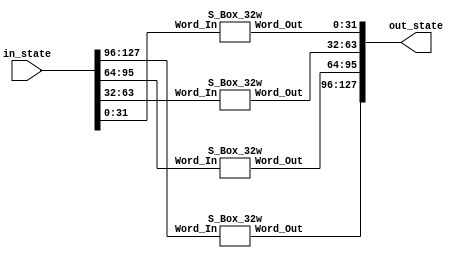
`timescale 1ns / 1ps
//////////////////////////////////////////////////////////////////////////////////
// Company: UMass Amherst
// 
// Design Name: 
// Module Name: S-box
// Project Name: AES CBC Core
// Target Devices: XC7Z010
// Tool Versions: Vivado 2022.1
// Description: 
// 
// Dependencies: 
// 
// Revision:
// Revision 0.01 - File Created
// Revision 0.02 - Started modifying for mathematical hardware based SBox
// Revision 0.04 - Created Diverging files for Comp. Field SBox and Predefined SBox
// Revision 0.9  - Synthesized SBox, awaiting for simulation to verify correctness.
// Additional Comments:
// 
//////////////////////////////////////////////////////////////////////////////////


module Full_Array_Sbox(
    input [127:0] in_state,
    output reg [127:0] out_state
    );
    
    
    wire [127:0] state;
    
    S_Box_32w SubBytes0(
        .Word_In(in_state[127:96]),
        .Word_Out(state[127:96])
    );
    
    S_Box_32w SubBytes1(
        .Word_In(in_state[95:64]),
        .Word_Out(state[95:64])
    );
    
    S_Box_32w SubBytes2(
        .Word_In(in_state[63:32]),
        .Word_Out(state[63:32])
    );
    
    S_Box_32w SubBytes3(
        .Word_In(in_state[31:0]),
        .Word_Out(state[31:0])
    );
    
    
    always @(*) begin
        out_state = state;
    end
    
    
endmodule

// 32 Bit width SBox (4 Sbox in parallel)
module S_Box_32w(
    input [31:0] Word_In,
    output reg [31:0] Word_Out
    );



    wire [31:0] Word;
    // MSB
    S_Box S_Box3(
        .Byte_In (Word_In[31:24]),
        .Byte_Out(Word[31:24])
    );

    // MSB - 1
    S_Box S_Box2(
        .Byte_In(Word_In[23:16]),
        .Byte_Out(Word[23:16])
    );

    // LSB + 1
    S_Box S_Box1(
        .Byte_In(Word_In[15:8]),
        .Byte_Out(Word[15:8])
    );

    // LSB
    S_Box S_Box0(
        .Byte_In(Word_In[7:0]),
        .Byte_Out(Word[7:0])
    );
    
    always @(*) begin
        Word_Out = Word;
    end

endmodule






module Compact_Array_SBox(
    input [127:0] in_state,
    output reg [127:0] out_state
    );
    
    
    reg [127:0] state;
    
    
    
    integer i; // for loop var
    reg [31:0] Sub_Input;
    wire [31:0] Sub_Output;
    // Intialization of modules
    S_Box_32w SubBytes(
        .Word_In(Sub_Input),
        .Word_Out(Sub_Output)
    );
    
    always @(*) begin
        state = in_state;
        //for(i = 0; i < 4; i = i + 1) begin // need to shift state by 4 times to keep only 1 SBox in use
            Sub_Input = state[31:0];
            state[31:0] = Sub_Output;
            //state = (state << 32) | (state >> 96); // Circular shift left by 32 bits       
        //end
        out_state = state;
    end
    
    
endmodule


// 8 Bit width S_Box using Predfined Look up table combinational
// On XC7Z010 PL w/o BRAM, should be 40 LUT, no FF
// with BRAM, uses 0.5 of a BRAM
// Table courtesy of tinyAES core
module S_Box(
    input [7:0] Byte_In,
    output reg [7:0] Byte_Out
    );
    
    // Combinational, w/o intermediate output register (flip flops)

    always @(Byte_In) begin
        case (Byte_In)
            8'h00: Byte_Out <= 8'h63;
            8'h01: Byte_Out <= 8'h7c;
            8'h02: Byte_Out <= 8'h77;
            8'h03: Byte_Out <= 8'h7b;
            8'h04: Byte_Out <= 8'hf2;
            8'h05: Byte_Out <= 8'h6b;
            8'h06: Byte_Out <= 8'h6f;
            8'h07: Byte_Out <= 8'hc5;
            8'h08: Byte_Out <= 8'h30;
            8'h09: Byte_Out <= 8'h01;
            8'h0a: Byte_Out <= 8'h67;
            8'h0b: Byte_Out <= 8'h2b;
            8'h0c: Byte_Out <= 8'hfe;
            8'h0d: Byte_Out <= 8'hd7;
            8'h0e: Byte_Out <= 8'hab;
            8'h0f: Byte_Out <= 8'h76;
            8'h10: Byte_Out <= 8'hca;
            8'h11: Byte_Out <= 8'h82;
            8'h12: Byte_Out <= 8'hc9;
            8'h13: Byte_Out <= 8'h7d;
            8'h14: Byte_Out <= 8'hfa;
            8'h15: Byte_Out <= 8'h59;
            8'h16: Byte_Out <= 8'h47;
            8'h17: Byte_Out <= 8'hf0;
            8'h18: Byte_Out <= 8'had;
            8'h19: Byte_Out <= 8'hd4;
            8'h1a: Byte_Out <= 8'ha2;
            8'h1b: Byte_Out <= 8'haf;
            8'h1c: Byte_Out <= 8'h9c;
            8'h1d: Byte_Out <= 8'ha4;
            8'h1e: Byte_Out <= 8'h72;
            8'h1f: Byte_Out <= 8'hc0;
            8'h20: Byte_Out <= 8'hb7;
            8'h21: Byte_Out <= 8'hfd;
            8'h22: Byte_Out <= 8'h93;
            8'h23: Byte_Out <= 8'h26;
            8'h24: Byte_Out <= 8'h36;
            8'h25: Byte_Out <= 8'h3f;
            8'h26: Byte_Out <= 8'hf7;
            8'h27: Byte_Out <= 8'hcc;
            8'h28: Byte_Out <= 8'h34;
            8'h29: Byte_Out <= 8'ha5;
            8'h2a: Byte_Out <= 8'he5;
            8'h2b: Byte_Out <= 8'hf1;
            8'h2c: Byte_Out <= 8'h71;
            8'h2d: Byte_Out <= 8'hd8;
            8'h2e: Byte_Out <= 8'h31;
            8'h2f: Byte_Out <= 8'h15;
            8'h30: Byte_Out <= 8'h04;
            8'h31: Byte_Out <= 8'hc7;
            8'h32: Byte_Out <= 8'h23;
            8'h33: Byte_Out <= 8'hc3;
            8'h34: Byte_Out <= 8'h18;
            8'h35: Byte_Out <= 8'h96;
            8'h36: Byte_Out <= 8'h05;
            8'h37: Byte_Out <= 8'h9a;
            8'h38: Byte_Out <= 8'h07;
            8'h39: Byte_Out <= 8'h12;
            8'h3a: Byte_Out <= 8'h80;
            8'h3b: Byte_Out <= 8'he2;
            8'h3c: Byte_Out <= 8'heb;
            8'h3d: Byte_Out <= 8'h27;
            8'h3e: Byte_Out <= 8'hb2;
            8'h3f: Byte_Out <= 8'h75;
            8'h40: Byte_Out <= 8'h09;
            8'h41: Byte_Out <= 8'h83;
            8'h42: Byte_Out <= 8'h2c;
            8'h43: Byte_Out <= 8'h1a;
            8'h44: Byte_Out <= 8'h1b;
            8'h45: Byte_Out <= 8'h6e;
            8'h46: Byte_Out <= 8'h5a;
            8'h47: Byte_Out <= 8'ha0;
            8'h48: Byte_Out <= 8'h52;
            8'h49: Byte_Out <= 8'h3b;
            8'h4a: Byte_Out <= 8'hd6;
            8'h4b: Byte_Out <= 8'hb3;
            8'h4c: Byte_Out <= 8'h29;
            8'h4d: Byte_Out <= 8'he3;
            8'h4e: Byte_Out <= 8'h2f;
            8'h4f: Byte_Out <= 8'h84;
            8'h50: Byte_Out <= 8'h53;
            8'h51: Byte_Out <= 8'hd1;
            8'h52: Byte_Out <= 8'h00;
            8'h53: Byte_Out <= 8'hed;
            8'h54: Byte_Out <= 8'h20;
            8'h55: Byte_Out <= 8'hfc;
            8'h56: Byte_Out <= 8'hb1;
            8'h57: Byte_Out <= 8'h5b;
            8'h58: Byte_Out <= 8'h6a;
            8'h59: Byte_Out <= 8'hcb;
            8'h5a: Byte_Out <= 8'hbe;
            8'h5b: Byte_Out <= 8'h39;
            8'h5c: Byte_Out <= 8'h4a;
            8'h5d: Byte_Out <= 8'h4c;
            8'h5e: Byte_Out <= 8'h58;
            8'h5f: Byte_Out <= 8'hcf;
            8'h60: Byte_Out <= 8'hd0;
            8'h61: Byte_Out <= 8'hef;
            8'h62: Byte_Out <= 8'haa;
            8'h63: Byte_Out <= 8'hfb;
            8'h64: Byte_Out <= 8'h43;
            8'h65: Byte_Out <= 8'h4d;
            8'h66: Byte_Out <= 8'h33;
            8'h67: Byte_Out <= 8'h85;
            8'h68: Byte_Out <= 8'h45;
            8'h69: Byte_Out <= 8'hf9;
            8'h6a: Byte_Out <= 8'h02;
            8'h6b: Byte_Out <= 8'h7f;
            8'h6c: Byte_Out <= 8'h50;
            8'h6d: Byte_Out <= 8'h3c;
            8'h6e: Byte_Out <= 8'h9f;
            8'h6f: Byte_Out <= 8'ha8;
            8'h70: Byte_Out <= 8'h51;
            8'h71: Byte_Out <= 8'ha3;
            8'h72: Byte_Out <= 8'h40;
            8'h73: Byte_Out <= 8'h8f;
            8'h74: Byte_Out <= 8'h92;
            8'h75: Byte_Out <= 8'h9d;
            8'h76: Byte_Out <= 8'h38;
            8'h77: Byte_Out <= 8'hf5;
            8'h78: Byte_Out <= 8'hbc;
            8'h79: Byte_Out <= 8'hb6;
            8'h7a: Byte_Out <= 8'hda;
            8'h7b: Byte_Out <= 8'h21;
            8'h7c: Byte_Out <= 8'h10;
            8'h7d: Byte_Out <= 8'hff;
            8'h7e: Byte_Out <= 8'hf3;
            8'h7f: Byte_Out <= 8'hd2;
            8'h80: Byte_Out <= 8'hcd;
            8'h81: Byte_Out <= 8'h0c;
            8'h82: Byte_Out <= 8'h13;
            8'h83: Byte_Out <= 8'hec;
            8'h84: Byte_Out <= 8'h5f;
            8'h85: Byte_Out <= 8'h97;
            8'h86: Byte_Out <= 8'h44;
            8'h87: Byte_Out <= 8'h17;
            8'h88: Byte_Out <= 8'hc4;
            8'h89: Byte_Out <= 8'ha7;
            8'h8a: Byte_Out <= 8'h7e;
            8'h8b: Byte_Out <= 8'h3d;
            8'h8c: Byte_Out <= 8'h64;
            8'h8d: Byte_Out <= 8'h5d;
            8'h8e: Byte_Out <= 8'h19;
            8'h8f: Byte_Out <= 8'h73;
            8'h90: Byte_Out <= 8'h60;
            8'h91: Byte_Out <= 8'h81;
            8'h92: Byte_Out <= 8'h4f;
            8'h93: Byte_Out <= 8'hdc;
            8'h94: Byte_Out <= 8'h22;
            8'h95: Byte_Out <= 8'h2a;
            8'h96: Byte_Out <= 8'h90;
            8'h97: Byte_Out <= 8'h88;
            8'h98: Byte_Out <= 8'h46;
            8'h99: Byte_Out <= 8'hee;
            8'h9a: Byte_Out <= 8'hb8;
            8'h9b: Byte_Out <= 8'h14;
            8'h9c: Byte_Out <= 8'hde;
            8'h9d: Byte_Out <= 8'h5e;
            8'h9e: Byte_Out <= 8'h0b;
            8'h9f: Byte_Out <= 8'hdb;
            8'ha0: Byte_Out <= 8'he0;
            8'ha1: Byte_Out <= 8'h32;
            8'ha2: Byte_Out <= 8'h3a;
            8'ha3: Byte_Out <= 8'h0a;
            8'ha4: Byte_Out <= 8'h49;
            8'ha5: Byte_Out <= 8'h06;
            8'ha6: Byte_Out <= 8'h24;
            8'ha7: Byte_Out <= 8'h5c;
            8'ha8: Byte_Out <= 8'hc2;
            8'ha9: Byte_Out <= 8'hd3;
            8'haa: Byte_Out <= 8'hac;
            8'hab: Byte_Out <= 8'h62;
            8'hac: Byte_Out <= 8'h91;
            8'had: Byte_Out <= 8'h95;
            8'hae: Byte_Out <= 8'he4;
            8'haf: Byte_Out <= 8'h79;
            8'hb0: Byte_Out <= 8'he7;
            8'hb1: Byte_Out <= 8'hc8;
            8'hb2: Byte_Out <= 8'h37;
            8'hb3: Byte_Out <= 8'h6d;
            8'hb4: Byte_Out <= 8'h8d;
            8'hb5: Byte_Out <= 8'hd5;
            8'hb6: Byte_Out <= 8'h4e;
            8'hb7: Byte_Out <= 8'ha9;
            8'hb8: Byte_Out <= 8'h6c;
            8'hb9: Byte_Out <= 8'h56;
            8'hba: Byte_Out <= 8'hf4;
            8'hbb: Byte_Out <= 8'hea;
            8'hbc: Byte_Out <= 8'h65;
            8'hbd: Byte_Out <= 8'h7a;
            8'hbe: Byte_Out <= 8'hae;
            8'hbf: Byte_Out <= 8'h08;
            8'hc0: Byte_Out <= 8'hba;
            8'hc1: Byte_Out <= 8'h78;
            8'hc2: Byte_Out <= 8'h25;
            8'hc3: Byte_Out <= 8'h2e;
            8'hc4: Byte_Out <= 8'h1c;
            8'hc5: Byte_Out <= 8'ha6;
            8'hc6: Byte_Out <= 8'hb4;
            8'hc7: Byte_Out <= 8'hc6;
            8'hc8: Byte_Out <= 8'he8;
            8'hc9: Byte_Out <= 8'hdd;
            8'hca: Byte_Out <= 8'h74;
            8'hcb: Byte_Out <= 8'h1f;
            8'hcc: Byte_Out <= 8'h4b;
            8'hcd: Byte_Out <= 8'hbd;
            8'hce: Byte_Out <= 8'h8b;
            8'hcf: Byte_Out <= 8'h8a;
            8'hd0: Byte_Out <= 8'h70;
            8'hd1: Byte_Out <= 8'h3e;
            8'hd2: Byte_Out <= 8'hb5;
            8'hd3: Byte_Out <= 8'h66;
            8'hd4: Byte_Out <= 8'h48;
            8'hd5: Byte_Out <= 8'h03;
            8'hd6: Byte_Out <= 8'hf6;
            8'hd7: Byte_Out <= 8'h0e;
            8'hd8: Byte_Out <= 8'h61;
            8'hd9: Byte_Out <= 8'h35;
            8'hda: Byte_Out <= 8'h57;
            8'hdb: Byte_Out <= 8'hb9;
            8'hdc: Byte_Out <= 8'h86;
            8'hdd: Byte_Out <= 8'hc1;
            8'hde: Byte_Out <= 8'h1d;
            8'hdf: Byte_Out <= 8'h9e;
            8'he0: Byte_Out <= 8'he1;
            8'he1: Byte_Out <= 8'hf8;
            8'he2: Byte_Out <= 8'h98;
            8'he3: Byte_Out <= 8'h11;
            8'he4: Byte_Out <= 8'h69;
            8'he5: Byte_Out <= 8'hd9;
            8'he6: Byte_Out <= 8'h8e;
            8'he7: Byte_Out <= 8'h94;
            8'he8: Byte_Out <= 8'h9b;
            8'he9: Byte_Out <= 8'h1e;
            8'hea: Byte_Out <= 8'h87;
            8'heb: Byte_Out <= 8'he9;
            8'hec: Byte_Out <= 8'hce;
            8'hed: Byte_Out <= 8'h55;
            8'hee: Byte_Out <= 8'h28;
            8'hef: Byte_Out <= 8'hdf;
            8'hf0: Byte_Out <= 8'h8c;
            8'hf1: Byte_Out <= 8'ha1;
            8'hf2: Byte_Out <= 8'h89;
            8'hf3: Byte_Out <= 8'h0d;
            8'hf4: Byte_Out <= 8'hbf;
            8'hf5: Byte_Out <= 8'he6;
            8'hf6: Byte_Out <= 8'h42;
            8'hf7: Byte_Out <= 8'h68;
            8'hf8: Byte_Out <= 8'h41;
            8'hf9: Byte_Out <= 8'h99;
            8'hfa: Byte_Out <= 8'h2d;
            8'hfb: Byte_Out <= 8'h0f;
            8'hfc: Byte_Out <= 8'hb0;
            8'hfd: Byte_Out <= 8'h54;
            8'hfe: Byte_Out <= 8'hbb;
            8'hff: Byte_Out <= 8'h16;
        endcase
    end
        
endmodule

// 8 Bit width S_Box using Predfined Look up table completely combinational
// On XC7Z010 PL w/o BRAM, should be 40 LUT, no FF
// with BRAM, uses 0.5 of a BRAM
// Table courtesy of tinyAES core
module S_Box_Seq(
    input clk, 
    input [7:0] Byte_In,
    output reg [7:0] Byte_Out
    );

    always @(posedge clk) begin
        case (Byte_In)
        8'h00: Byte_Out <= 8'h63;
        8'h01: Byte_Out <= 8'h7c;
        8'h02: Byte_Out <= 8'h77;
        8'h03: Byte_Out <= 8'h7b;
        8'h04: Byte_Out <= 8'hf2;
        8'h05: Byte_Out <= 8'h6b;
        8'h06: Byte_Out <= 8'h6f;
        8'h07: Byte_Out <= 8'hc5;
        8'h08: Byte_Out <= 8'h30;
        8'h09: Byte_Out <= 8'h01;
        8'h0a: Byte_Out <= 8'h67;
        8'h0b: Byte_Out <= 8'h2b;
        8'h0c: Byte_Out <= 8'hfe;
        8'h0d: Byte_Out <= 8'hd7;
        8'h0e: Byte_Out <= 8'hab;
        8'h0f: Byte_Out <= 8'h76;
        8'h10: Byte_Out <= 8'hca;
        8'h11: Byte_Out <= 8'h82;
        8'h12: Byte_Out <= 8'hc9;
        8'h13: Byte_Out <= 8'h7d;
        8'h14: Byte_Out <= 8'hfa;
        8'h15: Byte_Out <= 8'h59;
        8'h16: Byte_Out <= 8'h47;
        8'h17: Byte_Out <= 8'hf0;
        8'h18: Byte_Out <= 8'had;
        8'h19: Byte_Out <= 8'hd4;
        8'h1a: Byte_Out <= 8'ha2;
        8'h1b: Byte_Out <= 8'haf;
        8'h1c: Byte_Out <= 8'h9c;
        8'h1d: Byte_Out <= 8'ha4;
        8'h1e: Byte_Out <= 8'h72;
        8'h1f: Byte_Out <= 8'hc0;
        8'h20: Byte_Out <= 8'hb7;
        8'h21: Byte_Out <= 8'hfd;
        8'h22: Byte_Out <= 8'h93;
        8'h23: Byte_Out <= 8'h26;
        8'h24: Byte_Out <= 8'h36;
        8'h25: Byte_Out <= 8'h3f;
        8'h26: Byte_Out <= 8'hf7;
        8'h27: Byte_Out <= 8'hcc;
        8'h28: Byte_Out <= 8'h34;
        8'h29: Byte_Out <= 8'ha5;
        8'h2a: Byte_Out <= 8'he5;
        8'h2b: Byte_Out <= 8'hf1;
        8'h2c: Byte_Out <= 8'h71;
        8'h2d: Byte_Out <= 8'hd8;
        8'h2e: Byte_Out <= 8'h31;
        8'h2f: Byte_Out <= 8'h15;
        8'h30: Byte_Out <= 8'h04;
        8'h31: Byte_Out <= 8'hc7;
        8'h32: Byte_Out <= 8'h23;
        8'h33: Byte_Out <= 8'hc3;
        8'h34: Byte_Out <= 8'h18;
        8'h35: Byte_Out <= 8'h96;
        8'h36: Byte_Out <= 8'h05;
        8'h37: Byte_Out <= 8'h9a;
        8'h38: Byte_Out <= 8'h07;
        8'h39: Byte_Out <= 8'h12;
        8'h3a: Byte_Out <= 8'h80;
        8'h3b: Byte_Out <= 8'he2;
        8'h3c: Byte_Out <= 8'heb;
        8'h3d: Byte_Out <= 8'h27;
        8'h3e: Byte_Out <= 8'hb2;
        8'h3f: Byte_Out <= 8'h75;
        8'h40: Byte_Out <= 8'h09;
        8'h41: Byte_Out <= 8'h83;
        8'h42: Byte_Out <= 8'h2c;
        8'h43: Byte_Out <= 8'h1a;
        8'h44: Byte_Out <= 8'h1b;
        8'h45: Byte_Out <= 8'h6e;
        8'h46: Byte_Out <= 8'h5a;
        8'h47: Byte_Out <= 8'ha0;
        8'h48: Byte_Out <= 8'h52;
        8'h49: Byte_Out <= 8'h3b;
        8'h4a: Byte_Out <= 8'hd6;
        8'h4b: Byte_Out <= 8'hb3;
        8'h4c: Byte_Out <= 8'h29;
        8'h4d: Byte_Out <= 8'he3;
        8'h4e: Byte_Out <= 8'h2f;
        8'h4f: Byte_Out <= 8'h84;
        8'h50: Byte_Out <= 8'h53;
        8'h51: Byte_Out <= 8'hd1;
        8'h52: Byte_Out <= 8'h00;
        8'h53: Byte_Out <= 8'hed;
        8'h54: Byte_Out <= 8'h20;
        8'h55: Byte_Out <= 8'hfc;
        8'h56: Byte_Out <= 8'hb1;
        8'h57: Byte_Out <= 8'h5b;
        8'h58: Byte_Out <= 8'h6a;
        8'h59: Byte_Out <= 8'hcb;
        8'h5a: Byte_Out <= 8'hbe;
        8'h5b: Byte_Out <= 8'h39;
        8'h5c: Byte_Out <= 8'h4a;
        8'h5d: Byte_Out <= 8'h4c;
        8'h5e: Byte_Out <= 8'h58;
        8'h5f: Byte_Out <= 8'hcf;
        8'h60: Byte_Out <= 8'hd0;
        8'h61: Byte_Out <= 8'hef;
        8'h62: Byte_Out <= 8'haa;
        8'h63: Byte_Out <= 8'hfb;
        8'h64: Byte_Out <= 8'h43;
        8'h65: Byte_Out <= 8'h4d;
        8'h66: Byte_Out <= 8'h33;
        8'h67: Byte_Out <= 8'h85;
        8'h68: Byte_Out <= 8'h45;
        8'h69: Byte_Out <= 8'hf9;
        8'h6a: Byte_Out <= 8'h02;
        8'h6b: Byte_Out <= 8'h7f;
        8'h6c: Byte_Out <= 8'h50;
        8'h6d: Byte_Out <= 8'h3c;
        8'h6e: Byte_Out <= 8'h9f;
        8'h6f: Byte_Out <= 8'ha8;
        8'h70: Byte_Out <= 8'h51;
        8'h71: Byte_Out <= 8'ha3;
        8'h72: Byte_Out <= 8'h40;
        8'h73: Byte_Out <= 8'h8f;
        8'h74: Byte_Out <= 8'h92;
        8'h75: Byte_Out <= 8'h9d;
        8'h76: Byte_Out <= 8'h38;
        8'h77: Byte_Out <= 8'hf5;
        8'h78: Byte_Out <= 8'hbc;
        8'h79: Byte_Out <= 8'hb6;
        8'h7a: Byte_Out <= 8'hda;
        8'h7b: Byte_Out <= 8'h21;
        8'h7c: Byte_Out <= 8'h10;
        8'h7d: Byte_Out <= 8'hff;
        8'h7e: Byte_Out <= 8'hf3;
        8'h7f: Byte_Out <= 8'hd2;
        8'h80: Byte_Out <= 8'hcd;
        8'h81: Byte_Out <= 8'h0c;
        8'h82: Byte_Out <= 8'h13;
        8'h83: Byte_Out <= 8'hec;
        8'h84: Byte_Out <= 8'h5f;
        8'h85: Byte_Out <= 8'h97;
        8'h86: Byte_Out <= 8'h44;
        8'h87: Byte_Out <= 8'h17;
        8'h88: Byte_Out <= 8'hc4;
        8'h89: Byte_Out <= 8'ha7;
        8'h8a: Byte_Out <= 8'h7e;
        8'h8b: Byte_Out <= 8'h3d;
        8'h8c: Byte_Out <= 8'h64;
        8'h8d: Byte_Out <= 8'h5d;
        8'h8e: Byte_Out <= 8'h19;
        8'h8f: Byte_Out <= 8'h73;
        8'h90: Byte_Out <= 8'h60;
        8'h91: Byte_Out <= 8'h81;
        8'h92: Byte_Out <= 8'h4f;
        8'h93: Byte_Out <= 8'hdc;
        8'h94: Byte_Out <= 8'h22;
        8'h95: Byte_Out <= 8'h2a;
        8'h96: Byte_Out <= 8'h90;
        8'h97: Byte_Out <= 8'h88;
        8'h98: Byte_Out <= 8'h46;
        8'h99: Byte_Out <= 8'hee;
        8'h9a: Byte_Out <= 8'hb8;
        8'h9b: Byte_Out <= 8'h14;
        8'h9c: Byte_Out <= 8'hde;
        8'h9d: Byte_Out <= 8'h5e;
        8'h9e: Byte_Out <= 8'h0b;
        8'h9f: Byte_Out <= 8'hdb;
        8'ha0: Byte_Out <= 8'he0;
        8'ha1: Byte_Out <= 8'h32;
        8'ha2: Byte_Out <= 8'h3a;
        8'ha3: Byte_Out <= 8'h0a;
        8'ha4: Byte_Out <= 8'h49;
        8'ha5: Byte_Out <= 8'h06;
        8'ha6: Byte_Out <= 8'h24;
        8'ha7: Byte_Out <= 8'h5c;
        8'ha8: Byte_Out <= 8'hc2;
        8'ha9: Byte_Out <= 8'hd3;
        8'haa: Byte_Out <= 8'hac;
        8'hab: Byte_Out <= 8'h62;
        8'hac: Byte_Out <= 8'h91;
        8'had: Byte_Out <= 8'h95;
        8'hae: Byte_Out <= 8'he4;
        8'haf: Byte_Out <= 8'h79;
        8'hb0: Byte_Out <= 8'he7;
        8'hb1: Byte_Out <= 8'hc8;
        8'hb2: Byte_Out <= 8'h37;
        8'hb3: Byte_Out <= 8'h6d;
        8'hb4: Byte_Out <= 8'h8d;
        8'hb5: Byte_Out <= 8'hd5;
        8'hb6: Byte_Out <= 8'h4e;
        8'hb7: Byte_Out <= 8'ha9;
        8'hb8: Byte_Out <= 8'h6c;
        8'hb9: Byte_Out <= 8'h56;
        8'hba: Byte_Out <= 8'hf4;
        8'hbb: Byte_Out <= 8'hea;
        8'hbc: Byte_Out <= 8'h65;
        8'hbd: Byte_Out <= 8'h7a;
        8'hbe: Byte_Out <= 8'hae;
        8'hbf: Byte_Out <= 8'h08;
        8'hc0: Byte_Out <= 8'hba;
        8'hc1: Byte_Out <= 8'h78;
        8'hc2: Byte_Out <= 8'h25;
        8'hc3: Byte_Out <= 8'h2e;
        8'hc4: Byte_Out <= 8'h1c;
        8'hc5: Byte_Out <= 8'ha6;
        8'hc6: Byte_Out <= 8'hb4;
        8'hc7: Byte_Out <= 8'hc6;
        8'hc8: Byte_Out <= 8'he8;
        8'hc9: Byte_Out <= 8'hdd;
        8'hca: Byte_Out <= 8'h74;
        8'hcb: Byte_Out <= 8'h1f;
        8'hcc: Byte_Out <= 8'h4b;
        8'hcd: Byte_Out <= 8'hbd;
        8'hce: Byte_Out <= 8'h8b;
        8'hcf: Byte_Out <= 8'h8a;
        8'hd0: Byte_Out <= 8'h70;
        8'hd1: Byte_Out <= 8'h3e;
        8'hd2: Byte_Out <= 8'hb5;
        8'hd3: Byte_Out <= 8'h66;
        8'hd4: Byte_Out <= 8'h48;
        8'hd5: Byte_Out <= 8'h03;
        8'hd6: Byte_Out <= 8'hf6;
        8'hd7: Byte_Out <= 8'h0e;
        8'hd8: Byte_Out <= 8'h61;
        8'hd9: Byte_Out <= 8'h35;
        8'hda: Byte_Out <= 8'h57;
        8'hdb: Byte_Out <= 8'hb9;
        8'hdc: Byte_Out <= 8'h86;
        8'hdd: Byte_Out <= 8'hc1;
        8'hde: Byte_Out <= 8'h1d;
        8'hdf: Byte_Out <= 8'h9e;
        8'he0: Byte_Out <= 8'he1;
        8'he1: Byte_Out <= 8'hf8;
        8'he2: Byte_Out <= 8'h98;
        8'he3: Byte_Out <= 8'h11;
        8'he4: Byte_Out <= 8'h69;
        8'he5: Byte_Out <= 8'hd9;
        8'he6: Byte_Out <= 8'h8e;
        8'he7: Byte_Out <= 8'h94;
        8'he8: Byte_Out <= 8'h9b;
        8'he9: Byte_Out <= 8'h1e;
        8'hea: Byte_Out <= 8'h87;
        8'heb: Byte_Out <= 8'he9;
        8'hec: Byte_Out <= 8'hce;
        8'hed: Byte_Out <= 8'h55;
        8'hee: Byte_Out <= 8'h28;
        8'hef: Byte_Out <= 8'hdf;
        8'hf0: Byte_Out <= 8'h8c;
        8'hf1: Byte_Out <= 8'ha1;
        8'hf2: Byte_Out <= 8'h89;
        8'hf3: Byte_Out <= 8'h0d;
        8'hf4: Byte_Out <= 8'hbf;
        8'hf5: Byte_Out <= 8'he6;
        8'hf6: Byte_Out <= 8'h42;
        8'hf7: Byte_Out <= 8'h68;
        8'hf8: Byte_Out <= 8'h41;
        8'hf9: Byte_Out <= 8'h99;
        8'hfa: Byte_Out <= 8'h2d;
        8'hfb: Byte_Out <= 8'h0f;
        8'hfc: Byte_Out <= 8'hb0;
        8'hfd: Byte_Out <= 8'h54;
        8'hfe: Byte_Out <= 8'hbb;
        8'hff: Byte_Out <= 8'h16;
    endcase
    end
        
endmodule